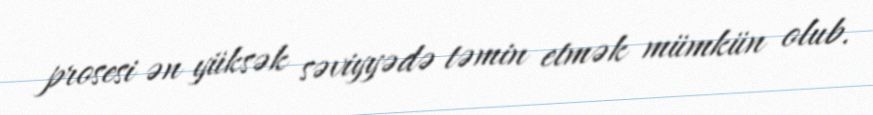
prosesi ən yüksək səviyyədə təmin etmək mümkün olub.